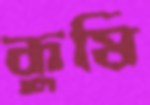
কুষি